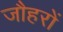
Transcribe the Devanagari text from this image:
जौहरों